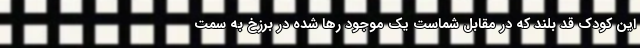
این کودک قد بلند که در مقابل شماست یک موجود رها شده در برزخ به سمت